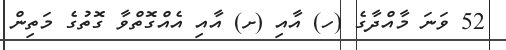
52 ވަނަ މާއްދާގެ (ހ) އާއި (ށ) އާއި އެއްގޮތްވާ ގޮތުގެ މަތިން